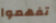
تفهموا